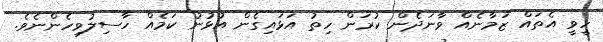
ހީވީ އެތައް ޒަމާނެއް ވާނަދެން ކުރަން ހިތު އަޅައިގެން އުޅުނު ކަމެއް ހާސިލުވިހެންނެވެ.